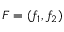
F = ( f _ { 1 } , f _ { 2 } )